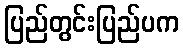
ပြည်တွင်းပြည်ပက